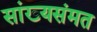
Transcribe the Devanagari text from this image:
सांख्यसंमत